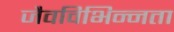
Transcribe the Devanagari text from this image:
जैवविभिन्नता